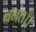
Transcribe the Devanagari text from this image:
बनंत।।